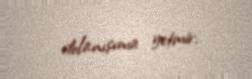
dolanışıma yetmir.